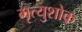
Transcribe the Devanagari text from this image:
मृत्युशोक